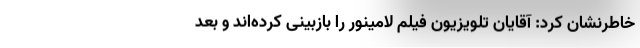
خاطرنشان کرد: آقایان تلویزیون فیلم لامینور را بازبینی کرده‌اند و بعد